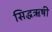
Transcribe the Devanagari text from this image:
सिद्धऋषी